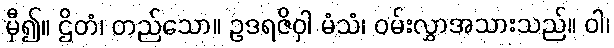
မှီ၍။ ဌိတံ၊ တည်သော။ ဥဒရဇိဝှါ မံသံ၊ ဝမ်းလွှာအသားသည်။ ဝါ၊